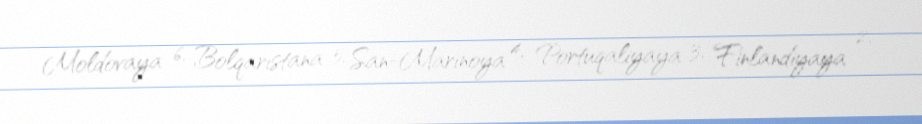
Moldovaya 6, Bolqarıstana 5, San-Marinoya 4, Portuqaliyaya 3, Finlandiyaya 2,